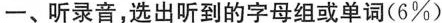
一、听录音,选出听到的字母组或单词(6%)